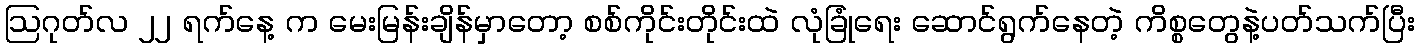
ဩဂုတ်လ ၂၂ ရက်နေ့ က မေးမြန်းချိန်မှာတော့ စစ်ကိုင်းတိုင်းထဲ လုံခြုံရေး ဆောင်ရွက်နေတဲ့ ကိစ္စတွေနဲ့ပတ်သက်ပြီး